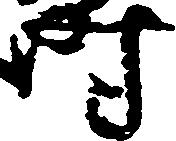
時